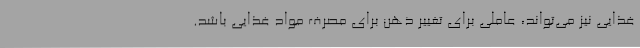
غذایی نیز می‌تواند، عاملی برای تغییر ذهن برای مصرف مواد غذایی باشد.